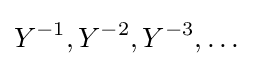
Y^{-1},Y^{-2},Y^{-3},\ldots